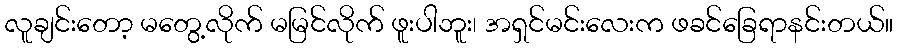
လူချင်းတော့ မတွေ့လိုက် မမြင်လိုက် ဖူးပါဘူး၊ အရှင်မင်းလေးက ဖခင်ခြေရာနင်းတယ်။